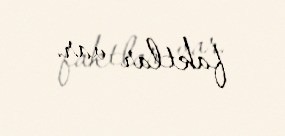
faktlar var.